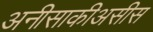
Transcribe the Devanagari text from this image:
अनीसाकीअसीस